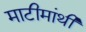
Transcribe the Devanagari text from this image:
माटीमांथी